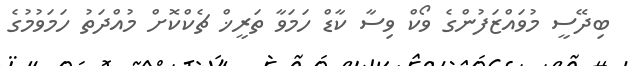
ބިދޭސީ މުވައްޒަފުންގެ ވޯކް ވިސާ ކާޑް ހަމަވާ ތަރީޚް ޗެކްކޮށް މުއްދަތު ހަމަވުމުގެ